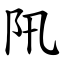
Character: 阠